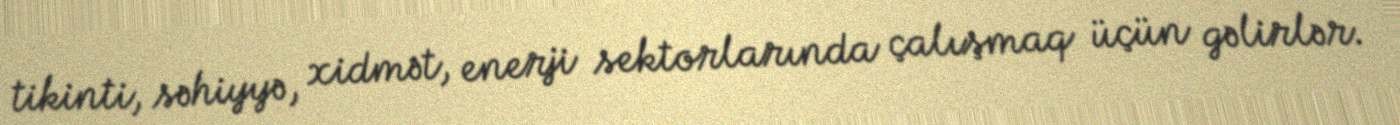
tikinti, səhiyyə, xidmət, enerji sektorlarında çalışmaq üçün gəlirlər.